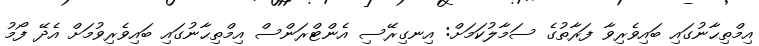
އިމްތިޙާނުގައި ބައިވެރިވާ ފަރާތުގެ ސަމާލުކަމަށް: އިނގިރޭސި އެންޓްރަންސް އިމްތިޙާނުގައި ބައިވެރިވުމަށް އެދޭ ފޯމު